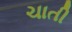
ચાતી